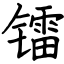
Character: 镭